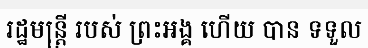
រដ្ឋមន្ត្រី របស់ ព្រះអង្គ ហើយ បាន ទទួល